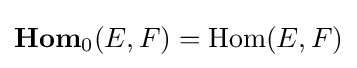
\mathbf {Hom} _{0}(E,F)=\mathrm {Hom} (E,F)